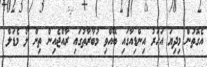
އެގޮތުން މިދިޔަ އަހަރު އިންޑިއާގައި ބޭއްވި މުބާރާތުގައި ރާއްޖެއިން ތިން ލޯ މެޑަލް